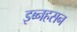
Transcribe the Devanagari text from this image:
इब्नहसन